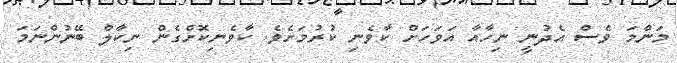
މަންމަ ވެސް އެދުނީ ނިހާއާ އަވަހަށް ކާވެނި ކުރުމަށެވެ. ކާވެނިކޮށްގެން ނިކާލް ބޭނުންނަމަ